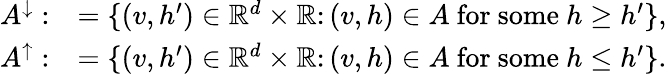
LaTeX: \begin{array}{rl}{A^{\downarrow}:}&{=\{ (v,h^{\prime})\in\mathbb{R}^{d}\times\mathbb{R}\colon(v,h)\in A\mathrm{~for~some~}h\ge h^{\prime}\} ,}\\ {A^{\uparrow}:}&{=\{ (v,h^{\prime})\in\mathbb{R}^{d}\times\mathbb{R}\colon(v,h)\in A\mathrm{~for~some~}h\leq h^{\prime}\} .}\end{array}